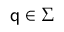
\mathsf { q } \in \Sigma